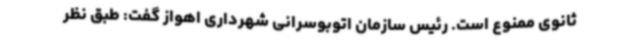
ثانوی ممنوع است. رئیس سازمان اتوبوسرانی شهرداری اهواز گفت: طبق نظر